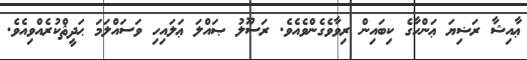
ޢާއިޝާ ރަޟިޔަ ޢަންހާގެ ކިބައިން ރިވާވެގެންވެއެވެ. ރަސޫލު ޞައްލަ ޢަލައިހި ވަސައްލަމަ ޙަދީޘްކުރެއްވިއެވެ.